Sketch of the medical history of the native army of Bombay, for the year
Year: 1876
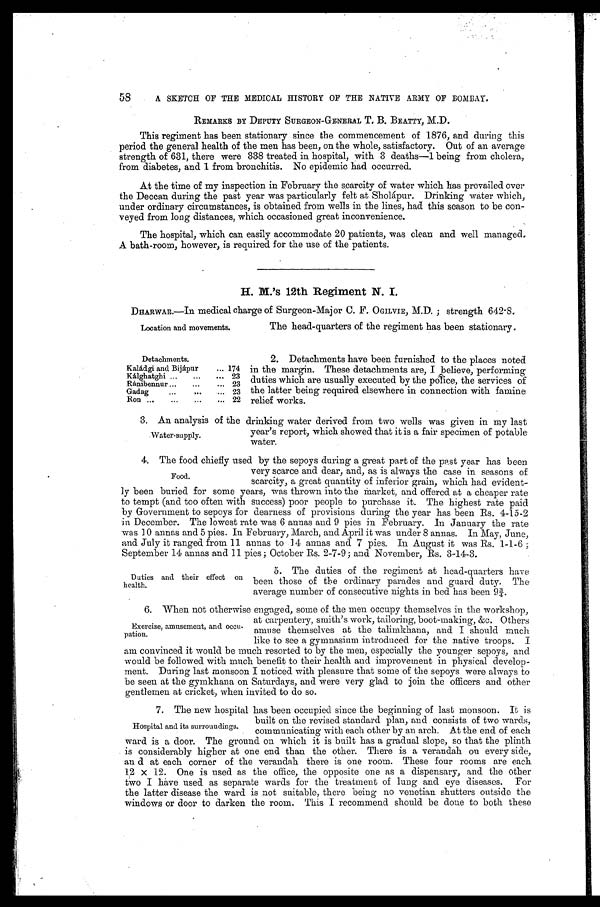
58
A SKETCH OF THE MEDICAL HISTORY OF THE NATIVE ARMY OF BOMBAY.
REMARKS BY DEPUTY SURGEON-GENERAL T. B. BEATTY, M.D.
This regiment has been stationary since the commencement of 1876, and during this
period the general health of the men has been, on the whole, satisfactory. Out of an average
strength of 631, there were 338 treated in hospital, with 3 deaths—1 being from cholera,
from diabetes, and 1 from bronchitis. No epidemic had occurred.
At the time of my inspection in February the scarcity of water which has prevailed over
the Deccan during the past year was particularly felt at Sholápur. Drinking water which,
under ordinary circumstances, is obtained from wells in the lines, had this season to be con
- v e y e d f r o m l o n g d i s t a n c e s , w h i c h o c c a s i o n e d g r e a t i n c o n v e n i e n c e .
The hospital, which can easily accommodate 20 patients, was clean and well managed.
A bath-room, however, is required for the use of the patients.
H. M.'s 12th Regiment N. I.
DHARWAR.—In medical charge of Surgeon-Major C. F. OGILVIE, M.D.; strength 642.8.
Location and movements.
Detachments.
Kaládgi and Bijápur . . . 174
Kálghatghi . . . 23
Ránibennur . . . 23
Gadag . . . 23
Ron . . . 22
The head-quarters of the regiment has been stationary.
2. Detachments have been furnished to the places noted
in the margin. These detachments are, I believe, performing
duties which are usually executed by the police, the services of
the latter being required elsewhere in connection with famine
relief works.
3 . A n a n a l y s i s o f t h e d r i n k i n g w a t e r d e r i v e d f r o m t w o w e l l s w a s g i v e n i n m y l a s t
year's report, which showed that it is a fair specimen of potable
water.
4. The food chiefly used by the sepoys during a great part of the past year has been
very scarce and dear, and, as is always the case in seasons of
scarcity, a great quantity of inferior grain, which had evident--
ly been buried for some years, was thrown into the Market, and offered at a cheaper rate
to tempt (and too often with success) poor people to purchase it. The highest rate paid
by Government to sepoys for dearness of provisions during the year has been Rs. 4-15-2
in December. The lowest rate was 6 annas and 9 pies in February. In January the rate
was 10 annas and 5 pies. In February, March, and April it was under 8 annas. In May, June,
and July it ranged from 11 annas to 14 annas and 7 pies. In August it was Rs. 1-1-6;
September 14 annas and 11 pies; October Rs. 2-7-9; and November, Rs. 3-14-3.
Water-supply.
Food.
Duties and their effect on
health.
5. The duties of the regiment at head-quarters have
been those of the ordinary parades and guard duty. The
average number of consecutive nights in bed has been 9¾.
6. When not otherwise engaged, some of the men occupy themselves in the workshop,
at carpentery, smith's work, tailoring, boot-making, &c. Others
amuse themselves at the talimkhana, and I should much
like to see a gymnasium introduced for the native troops. I
am convinced it would be much resorted to by the men, especially the younger sepoys, and
would be followed with much benefit to their health and improvement in physical develop--
ment. During last monsoon I noticed with pleasure that some of the sepoys were always to
be seen at the gymkhana on Saturdays, and were very glad to join the officers and other
gentlemen at cricket, when invited to do so.
7. The new hospital has been occupied since the beginning of last monsoon. It is
built on the revised standard plan, and consists of two wards,
communicating with each other by an arch. At the end of each
ward is a door. The ground on which it is built has a gradual slope, so that the plinth
is considerably higher at one end than the other. There is a verandah on every side,
an d at each corner of the verandah there is one room. These four rooms are each
12 × 12. One is used as the office, the opposite one as a dispensary, and the other
two I have used as separate wards for the treatment of lung and eye diseases. For
the latter disease the ward is not suitable, there being no venetian shutters outside the
windows or door to darken the room. This I recommend should be done to both these
Exercise, amusement, and occu-
-pation.
Hospital and its surroundings.